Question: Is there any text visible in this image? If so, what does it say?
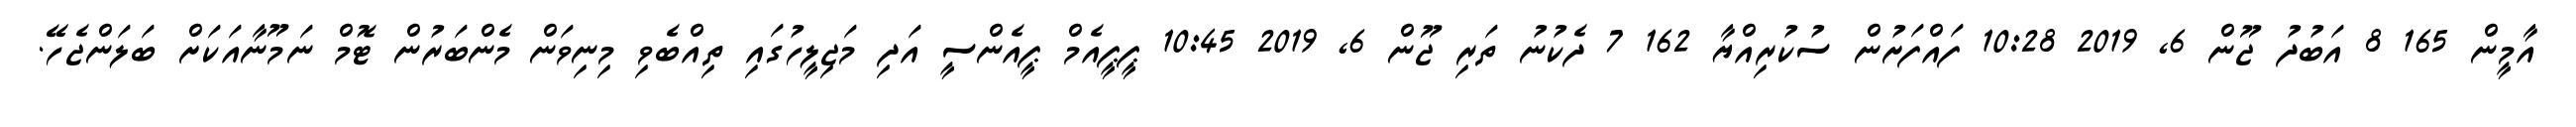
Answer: އާމީން 165 8 އަބުދު ޖޫން 6, 2019 10:28 ފައްފަށުން ސުކުރިއްޔާ 162 7 ދެކުނު ތަރި ޖޫން 6, 2019 10:45 ޕީޕީއެމް ޕީއެންސީ އަދި މަޖިލީހުގައި ތިއްބެވި މިނިވަން މެންބަރުން ޓޮމް ނަމޫނާއަކަށް ބަލަންޖެހޭ.